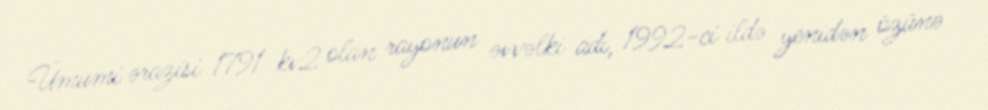
Ümumi ərazisi 1791 kv2 olan rayonun əvvəlki adı, 1992-ci ildə yenidən özünə